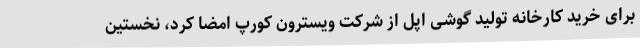
برای خرید کارخانه تولید گوشی اپل از شرکت ویسترون کورپ امضا کرد، نخستین